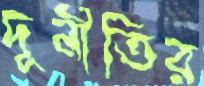
দূর্নীতির